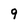
Character: 9